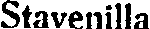
Stavenilla